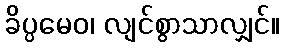
ခိပ္ပမေဝ၊ လျင်စွာသာလျှင်။